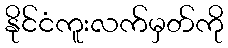
နိုင်ငံကူးလက်မှတ်ကို